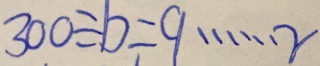
3 0 0 \div b = 9 \cdots r